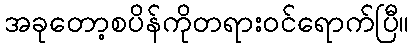
အခုတော့စပိန်ကိုတရားဝင်ရောက်ပြီ။